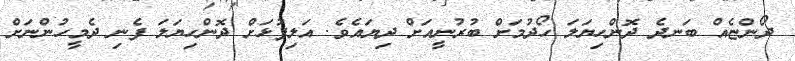
ދޯންޏެއް ބަނދެ ދޮންހިޔަލަ ހޯދުމަށް ބުރުނީއަށް ދިޔައެވެ. އަލިފުޅަށް ދޮންހިޔަލަ ފެނި ދެމީހުންނަށް